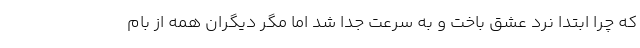
که چرا ابتدا نرد عشق باخت و به سرعت جدا شد اما مگر دیگران همه از بام